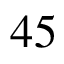
4 5